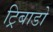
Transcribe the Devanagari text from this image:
ट्रिबाडो